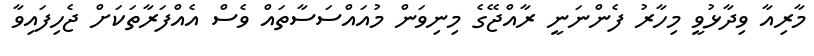
މާރިއާ ވިދާޅުވީ މިހާރު ފެންނަނީ ރާއްޖޭގެ މިނިވަން މުއައްސަސާތައް ވެސް އެއްފަރާތަކަށް ޖެހިފައިވާ